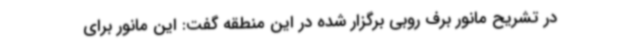
در تشریح مانور برف روبی برگزار شده در این منطقه گفت: این مانور برای